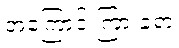
အကြောင်းကြားခဲ့ရာ